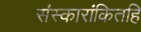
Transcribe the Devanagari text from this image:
संस्कारांकितहि